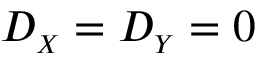
D _ { \scriptscriptstyle { X } } = D _ { \scriptscriptstyle { Y } } = 0